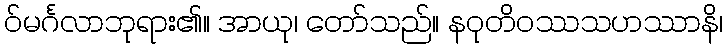
ဝ်မင်္ဂလာဘုရား၏။ အာယု၊ တော်သည်။ နဝုတိဝဿသဟဿာနိ၊